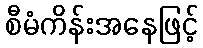
စီမံကိန်းအနေဖြင့်